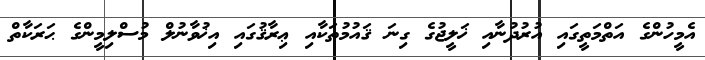
އެމީހުންގެ އަތްމަތީގައި އުރުދުނާއި ޚަލީޖުގެ ގިނަ ޤައުމުތަކާއި ޢިރާޤުގައި އިޚުވާނުލް މުސްލިމީންގެ ޙަރަކާތް